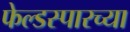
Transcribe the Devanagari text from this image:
फेल्डस्पारच्या